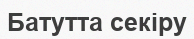
Батутта секіру